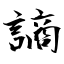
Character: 謪